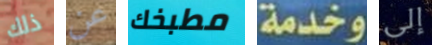
ذلك عن مطبخك وخدمة إلى